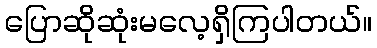
ပြောဆိုဆုံးမလေ့ရှိကြပါတယ်။